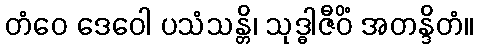
တံဝေ ဒေဝေါ ပသံသန္တိ၊ သုဒ္ဓါဇီဝိံ အတန္ဒိတံ။